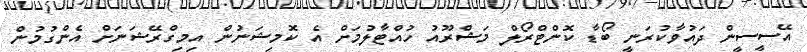
އޭސީސީން ދައުވާކުރަނީ ބޯޑާ ކޮންޓްރޯލް މަޝްރޫއު ހުއްޓާލުމަށް އެ ކޮމިޝަނުން އިމިގްރޭޝަނަށް އެންގުމުން